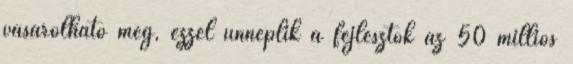
vásárolható meg, ezzel ünneplik a fejlesztők az 50 milliós